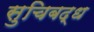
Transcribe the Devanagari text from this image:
सुचिबद्ध